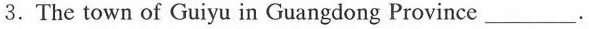
3.The town of Guiyu in Guangdong Province ___.